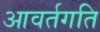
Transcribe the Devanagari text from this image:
आवर्तगति